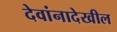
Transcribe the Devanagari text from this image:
देवांनादेखील